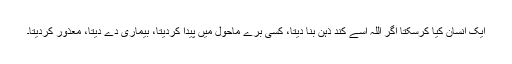
ایک انسان کیا کرسکتا اگر اللہ اسے کند ذہن بنا دیتا، کسی برے ماحول میں پیدا کردیتا، بیماری دے دیتا، معذور کردیتا۔